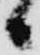
候